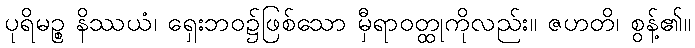
ပုရိမဉ္စ နိဿယံ၊ ရှေးဘဝ၌ဖြစ်သော မှီရာဝတ္ထုကိုလည်း။ ဇဟတိ၊ စွန့်၏။